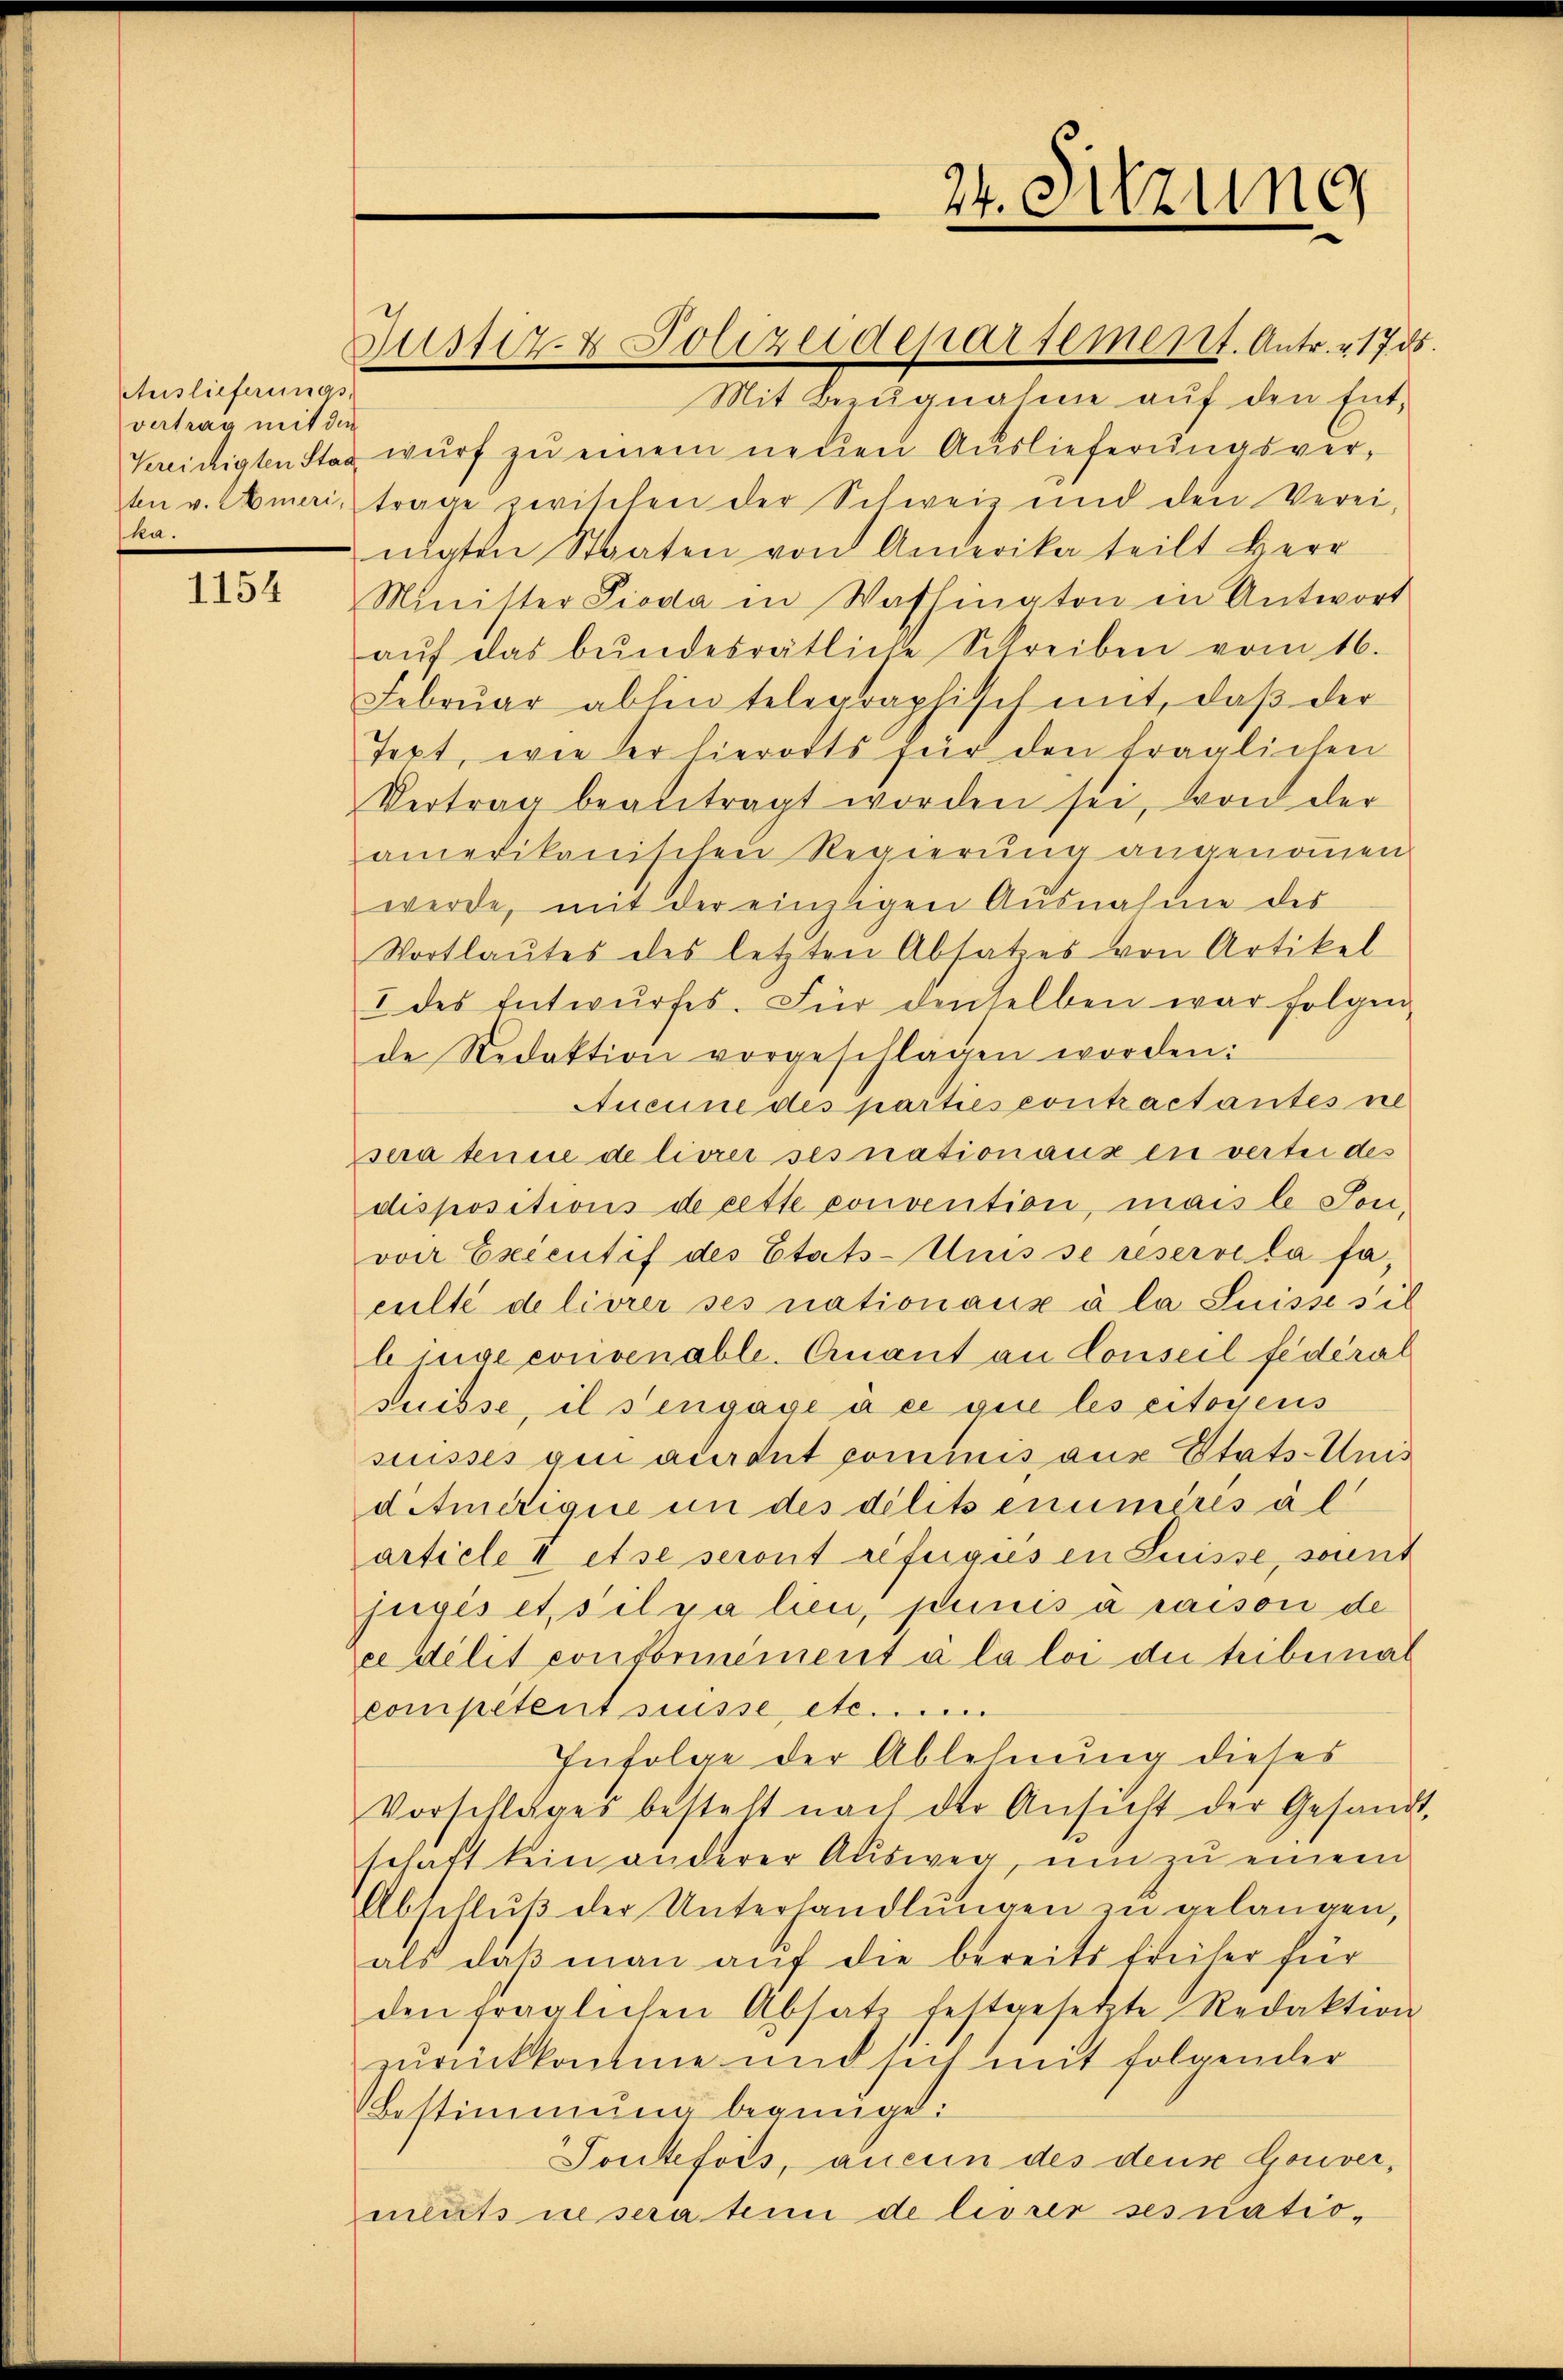
Auslieferungs-
vertrag mit den
ka.

1154

Mit Bezugnahme auf den Ent¬
Kreidigten Stax wŭrf zu einem neuen Auslieferungsverten v. Ameri, trage zwischen der Schweiz und den Verei-
nigten Staaten von Anderika teilt Herr
Minister Pioda in Washington in Antwort
aŭf das bŭndesrätliche Schreiben vom 16.
Febrŭar abhin telegraphisch mit, daβ der
Text, wie der hierodts für den fraglichen
Vertrag beantragt worden sei, von der
amerikanischen Regierŭng angenommen
werde, mit der einzigen Ausnahme des
Wortlautes des letzten Absatzes von Artikel
I des Entwŭrfes. Für denselben war folgen
de Redaktion vorgeschlagen worden:
Aucune des parties contractantes ne
sera tenue de livrer ses nationaux en verte des
dispositions de cette convention, mais le Son-
von Executif des Etats-Unisse reservela faculté de livrer ses nationaux à la Suisse sil
binge evrivenable. Ernant an Conseil fédéral
suisse, il sengage à ce que les citoyens
suisses ain auront pominis aus Stats-Unis
ditierigue in des délits enumérés al
article 4 et se seront refegiés en Suisse, soient
fugis et silva lieu, sinis à raison de
ee délit conformément à la loi due tribunal
competent suisse etc.
Infolge der Ablehnung dieses
Vorschlages besteht nach der Ansicht der Gesand
schaft kein anderer Ausweg um zu einem
Abschluß der Unterhandlungen zu gelangen,
als daβ man aŭf die bereits freiher für
den fraglichen Absatz festgesetzte Redaktion
zurückkomme und sich mit folgender
Bestimmung begnüge:
Toutefois, aucun des deus Gouver,
ments ne sera tenu de livrer ses natio¬

Zustiz- & Polizeidepartement. Antr. 17. ds.

24. Sitzung